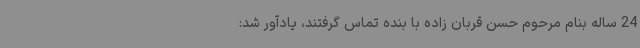
24 ساله بنام مرحوم حسن قربان زاده با بنده تماس گرفتند، یادآور شد: